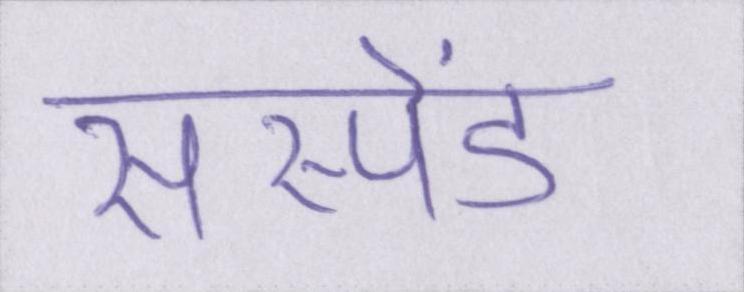
सस्पेंड